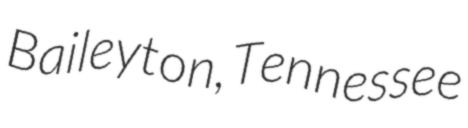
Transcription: Baileyton, Tennessee